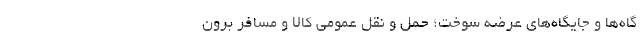
گاه‌ها و جایگاه‌های عرضه سوخت؛ حمل و نقل عمومی کالا و مسافرِ برون